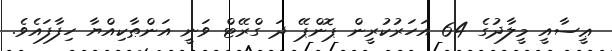
ޢީސާއީ މީލާދުގެ 64 އަހަރުކުރީން ޕޮންޕޭ ދަ ގްރޭޓް ވަނީ އަންޠާކިއްޔާ ހިފާފައެވެ.